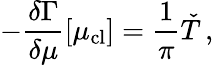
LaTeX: -\frac{\delta\Gamma}{\delta\mu}[\mu_{\mathrm{cl}}]=\frac{1}{\pi}\check{T}\, ,